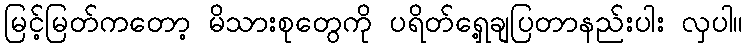
မြင့်မြတ်ကတော့ မိသားစုတွေကို ပရိတ်ရှေ့ချပြတာနည်းပါး လှပါ။